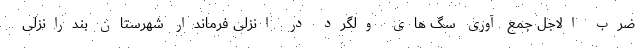
ضرب الاجل جمع آوری سگ های ولگرد در انزلی فرماندار شهرستان بندرانزلی